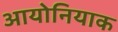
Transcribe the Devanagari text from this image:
आयोनियाक